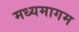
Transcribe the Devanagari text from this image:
मध्यमागम